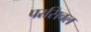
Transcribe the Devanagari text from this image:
परसिवल